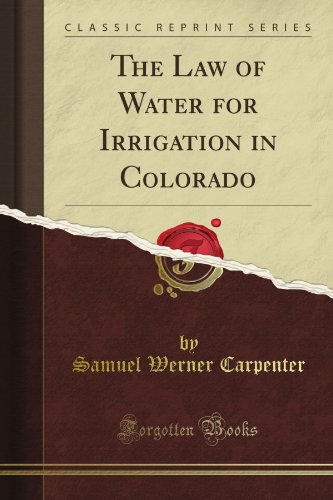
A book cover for The Law of Water for Irrigation in Colorado (Classic Reprint); Samuel Werner Carpenter; Science & Math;